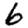
Digit: 6